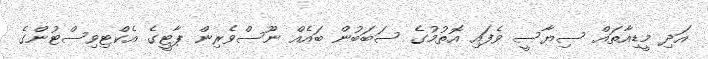
އަދި މީޑިއާތައް ސިޔާސީ ވެފައި އޮތުމުގެ ސަބަބުން ބައެއް ނޫސްވެރިން ޕާޓީގެ އެކްޓިވިސްޓުންގެ